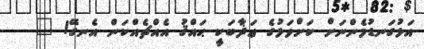
އަޅުގަނޑުމެންނަށް ކަށްވަޅުގެ ޢަޛާބަކީ ޙައްޤު އެއްޗެއްކަން އެނގޭ! "